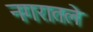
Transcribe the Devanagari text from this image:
नगरातले